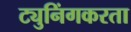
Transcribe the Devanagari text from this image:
ट्युनिंगकरता